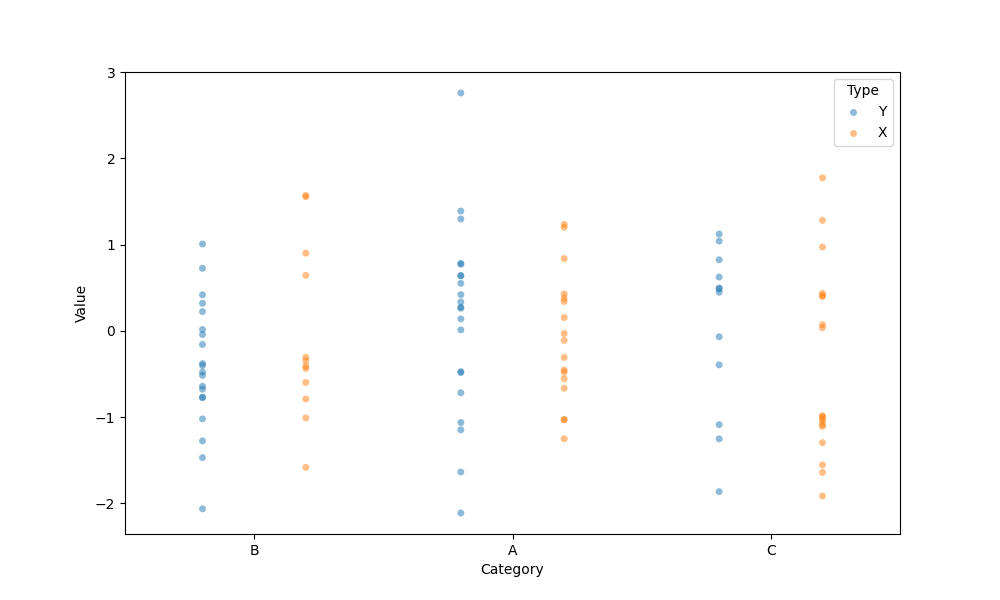
python, seaborn, stripplot, jitter=False, dodge=True, alpha=0.5, size=5